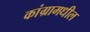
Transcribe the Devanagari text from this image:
कांग्रामधील